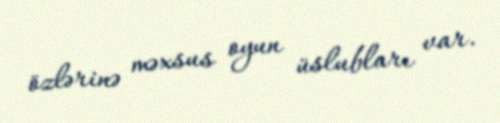
özlərinə məxsus oyun üslubları var.